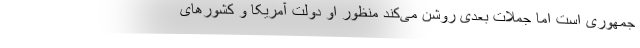
جمهوری است اما جملات بعدی روشن می‌کند منظور او دولت آمریکا و کشورهای